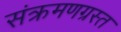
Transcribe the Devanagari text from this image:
संक्रमणग्रस्त